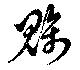
魑